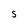
Character: S